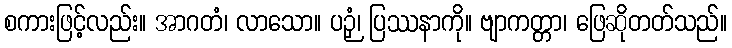
စကားဖြင့်လည်း။ အာဂတံ၊ လာသော။ ပဉှံ၊ ပြဿနာကို။ ဗျာကတ္တာ၊ ဖြေဆိုတတ်သည်။